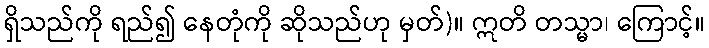
ရှိသည်ကို ရည်၍ နေတုံကို ဆိုသည်ဟု မှတ်)။ ဣတိ တသ္မာ၊ ကြောင့်။